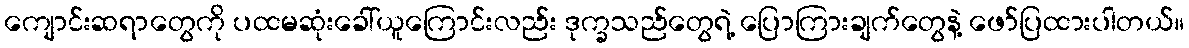
ကျောင်းဆရာတွေကို ပထမဆုံးခေါ်ယူကြောင်းလည်း ဒုက္ခသည်တွေရဲ့ ပြောကြားချက်တွေနဲ့ ဖော်ပြထားပါတယ်။